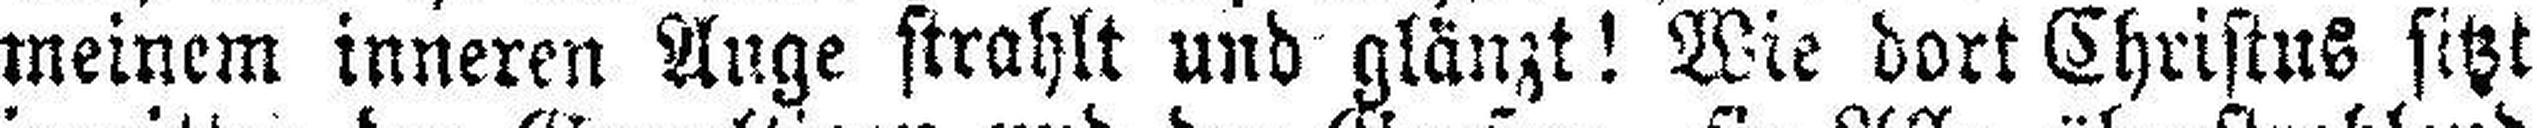
meinem inneren Ange strahlt und glänzt! Wie dort Christus sitzt